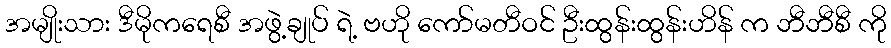
အမျိုးသား ဒီမိုကရေစီ အဖွဲ့ချုပ် ရဲ့ ဗဟို ကော်မတီဝင် ဦးထွန်းထွန်းဟိန် က ဘီဘီစီ ကို